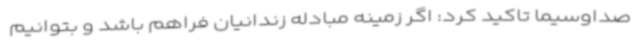
صداوسیما تاکید کرد: اگر زمینه مبادله زندانیان فراهم باشد و بتوانیم